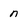
Character: n